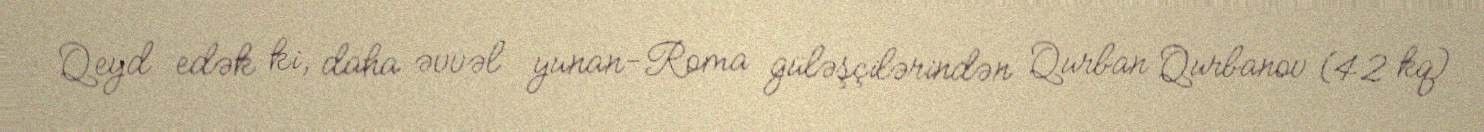
Qeyd edək ki, daha əvvəl yunan-Roma güləşçilərindən Qurban Qurbanov (42 kq)